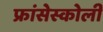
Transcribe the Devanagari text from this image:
फ्रांसेस्कोली